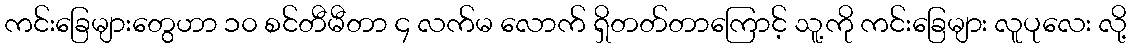
ကင်းခြေများတွေဟာ ၁၀ စင်တီမီတာ ၄ လက်မ လောက် ရှိတတ်တာကြောင့် သူ့ကို ကင်းခြေများ လူပုလေး လို့